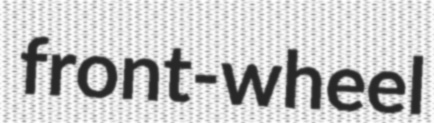
front-wheel